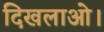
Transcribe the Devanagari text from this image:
दिखलाओ।